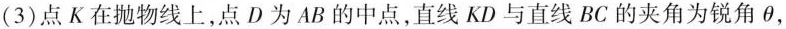
(3)点K在抛物线上，点D为AB的中点，直线KD与直线BC的夹角为锐角\theta，